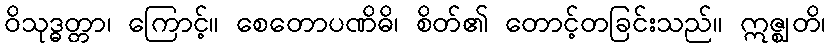
ဝိသုဒ္ဓတ္တာ၊ ကြောင့်။ စေတောပဏိဓိ၊ စိတ်၏ တောင့်တခြင်းသည်။ ဣဇ္ဈတိ၊